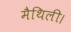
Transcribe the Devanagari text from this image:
मैथिली।